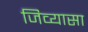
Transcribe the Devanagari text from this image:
जिव्यासा